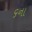
૬ના